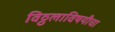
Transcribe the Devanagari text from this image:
विठ्ठलाविषयीचा